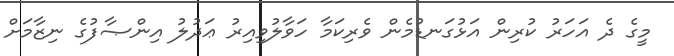
މީގެ ދެ އަހަރު ކުރިން އަޅުގަނޑުމެން ވެރިކަމާ ހަވާލުވިއިރު ޢަދުލު އިންޞާފުގެ ނިޒާމަށް